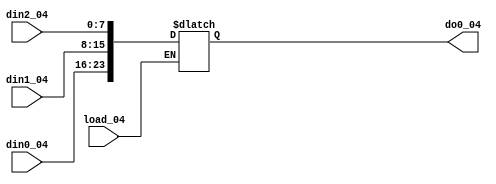
module loader_04(
	input [7:0] din0_04,din1_04,din2_04,
	input load_04,
	output reg[23:0] do0_04
	);
	
always @(*)
	begin
		if(load_04)do0_04<={din0_04,din1_04,din2_04};
		else;
	end
endmodule